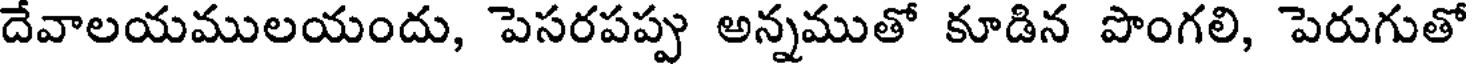
దేవాలయములయందు, పెసరపప్పు అన్నముతో కూడిన పొంగలి, పెరుగుతో